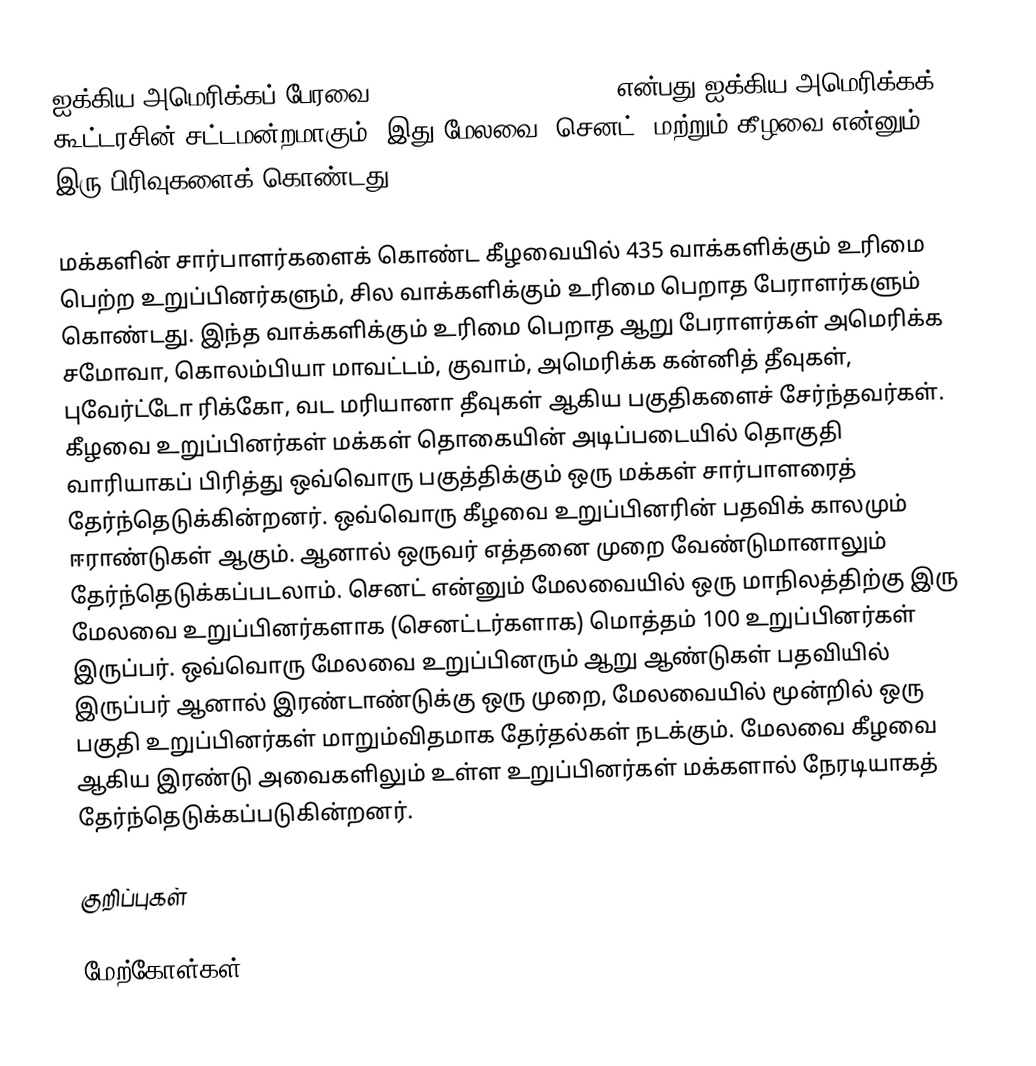
ஐக்கிய அமெரிக்கப் பேரவை (United States Congress) என்பது ஐக்கிய அமெரிக்கக் கூட்டரசின் சட்டமன்றமாகும். இது மேலவை (செனட்) மற்றும் கீழவை என்னும் இரு பிரிவுகளைக் கொண்டது.

மக்களின் சார்பாளர்களைக் கொண்ட கீழவையில் 435 வாக்களிக்கும் உரிமை பெற்ற உறுப்பினர்களும், சில வாக்களிக்கும் உரிமை பெறாத பேராளர்களும் கொண்டது. இந்த வாக்களிக்கும் உரிமை பெறாத ஆறு பேராளர்கள் அமெரிக்க சமோவா, கொலம்பியா மாவட்டம், குவாம், அமெரிக்க கன்னித் தீவுகள், புவேர்ட்டோ ரிக்கோ, வட மரியானா தீவுகள் ஆகிய பகுதிகளைச் சேர்ந்தவர்கள். கீழவை உறுப்பினர்கள் மக்கள் தொகையின் அடிப்படையில் தொகுதி வாரியாகப் பிரித்து ஒவ்வொரு பகுத்திக்கும் ஒரு மக்கள் சார்பாளரைத் தேர்ந்தெடுக்கின்றனர். ஒவ்வொரு கீழவை உறுப்பினரின் பதவிக் காலமும் ஈராண்டுகள் ஆகும். ஆனால் ஒருவர் எத்தனை முறை வேண்டுமானாலும் தேர்ந்தெடுக்கப்படலாம். செனட் என்னும் மேலவையில் ஒரு மாநிலத்திற்கு இரு மேலவை உறுப்பினர்களாக (செனட்டர்களாக) மொத்தம் 100 உறுப்பினர்கள் இருப்பர். ஒவ்வொரு மேலவை உறுப்பினரும் ஆறு ஆண்டுகள் பதவியில் இருப்பர் ஆனால் இரண்டாண்டுக்கு ஒரு முறை, மேலவையில் மூன்றில் ஒரு பகுதி உறுப்பினர்கள் மாறும்விதமாக தேர்தல்கள் நடக்கும். மேலவை கீழவை ஆகிய இரண்டு அவைகளிலும் உள்ள உறுப்பினர்கள் மக்களால் நேரடியாகத் தேர்ந்தெடுக்கப்படுகின்றனர்.

குறிப்புகள்

மேற்கோள்கள்